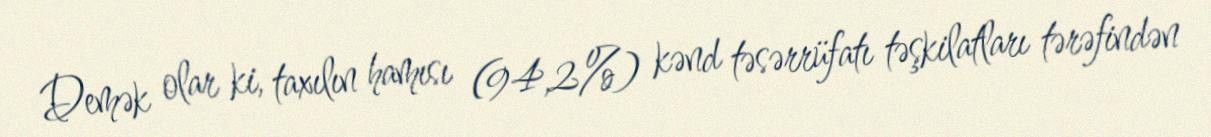
Demək olar ki, taxılın hamısı (94,2%) kənd təsərrüfatı təşkilatları tərəfindən